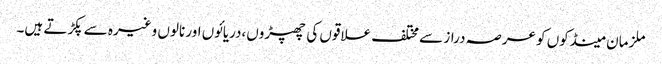
ملزمان مینڈکوں کو عرصہ دراز سے مختلف علاقوں کی چھپڑوں،دریائوں اور نالوں وغیرہ سے پکڑتے ہیں۔